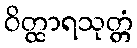
ဝိတ္ထာရသုတ္တံ